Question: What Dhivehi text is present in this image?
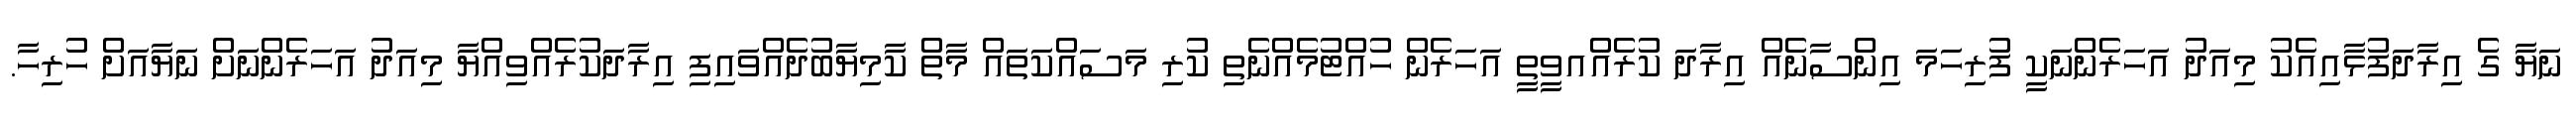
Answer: ނަޔާ ގެ އިރާދަފުޅާއިއެކު މިއަދު އަހަރެންނަކީ ފުރިހަމަ އިންސާނެއް އިރާދަ ކުރެއްއވީތީ އަހަރެން ހުއްޓުމެއްނެތި ކުރި މަސައްކަތައް މާތް ކާމިޔާބުދެއްވައިފި އިރާދަކުރެއްވިއްޔާ މިއަދު އަހަރެންނަށް ނަޔާއަށް ހުރިހާ.